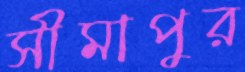
সীমাপুর